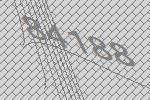
84188